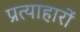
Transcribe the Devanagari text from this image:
प्रत्याहारों